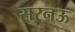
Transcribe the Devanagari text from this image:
सरनऊ